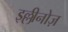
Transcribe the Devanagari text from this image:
इल्लीनोज़